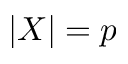
| X | = p